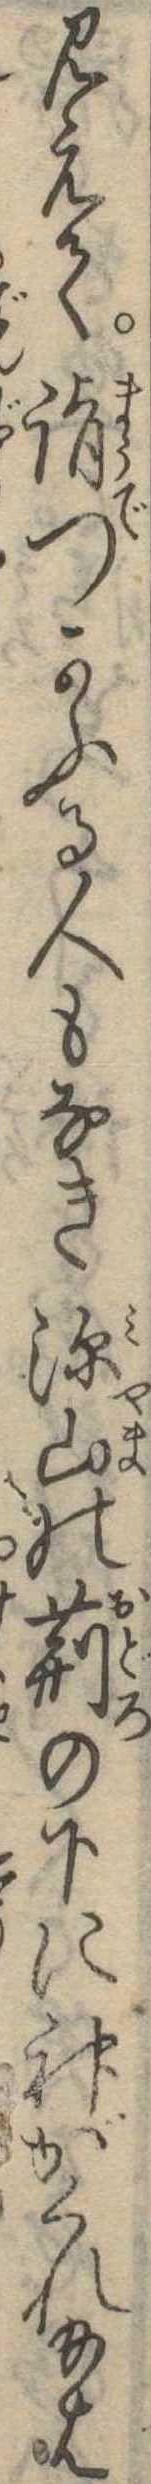
見えて詣つかふる人もなき深山の荊の下に神がくれ給は